Scottish Leaving Certificate Examination, 1956
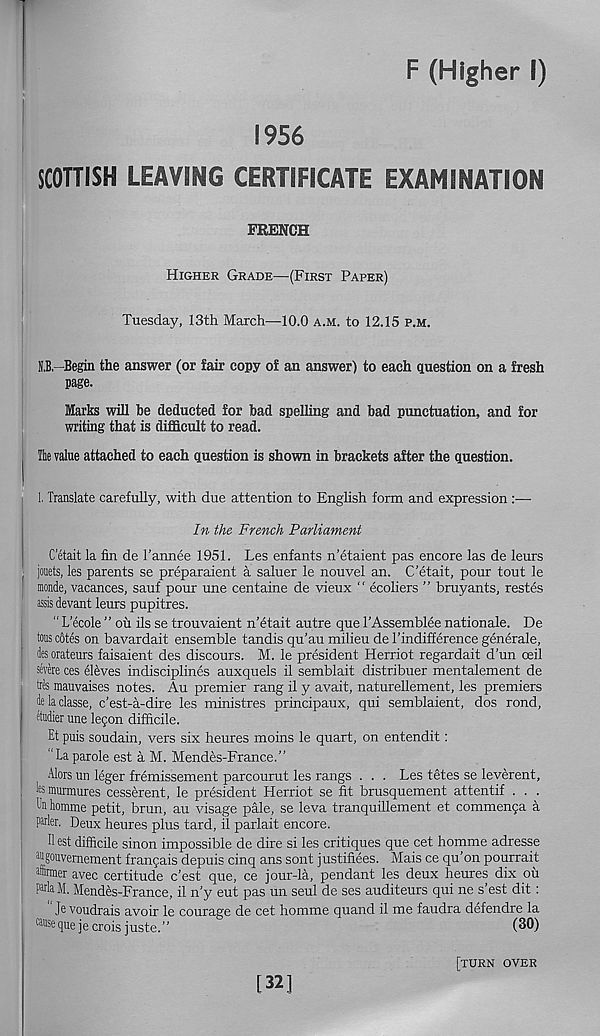
F (Higher I)
1956
SCOTTISH LEAVING CERTIFICATE EXAMINATION
FRENCH
Higher Grade—(First Paper)
Tuesday, 13th March—10.0 a.m. to 12.15 p.M.
O.—Begin the answer (or fair copy of an answer) to each question on a fresh
Marks will be deducted for bad spelling and bad punctuation, and for
writing that is difficult to read.
| Ihe value attached to each question is shown in brackets after the question.
1. Translate carefully, with due attention to English form and expression :—
In the French Parliament
C’etait la fin de 1’annee 1951. Les enfants n’etaient pas encore las de leurs
j jouets, les parents se preparaient a saluer le nouvel an. C’etait, pour tout le
! monde, vacances, sauf pour une centaine de vieux " ecoliers ” bruyants, restes
assis devant leurs pupitres.
" L'ecole ” ou ils se trouvaient n’etait autre que TAssemblee nationale. De
tons c6tes on bavardait ensemble tandis qu’au milieu de Tindifference generale,
des orateurs faisaient des discours. M. le president Herriot regardait d’un ceil
severe ces ellves indisciplines auxquels il semblait distribuer mentalement de
tres mauvaises notes. Au premier rang il y avait, naturellement, les premiers
de la classe, c’est-a-dire les ministres principaux, qui semblaient, dos rond,
etudier une legon difficile.
Et puis soudain, vers six heures moins le quart, on entendit:
“Laparole est a M. Mendes-France.”
Alors un leger fremissement parcourut les rangs . . . Les tetes se leverent,
k murmures cesserent, le president Herriot se fit brusquement attentif . . .
On homme petit, brun, au visage pale, se leva tranquillement et commenga a
porter. Deux heures plus tard, il parlait encore.
II est difficile sinon impossible de dire si les critiques que cet homme adresse
oogouvemement franfais depuis cinq ans sont justifiees. Mais ce qu’on pourrait
offirmer avec certitude c’est que, ce jour-la, pendant les deux heures dix ou
Porta M. Mendes-France, il n’y eut pas un seul de ses auditeurs qui ne s’est dit:
Je voudrais avoir le courage de cet homme quand il me faudra defendre la
®ttse que je crois juste. ’ ’
[32]
[turn over